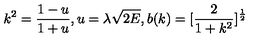
k ^ { 2 } = \frac { 1 - u } { 1 + u } , u = \lambda \sqrt { 2 E } , b ( k ) = [ \frac { 2 } { 1 + k ^ { 2 } } ] ^ { \frac { 1 } { 2 } }